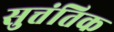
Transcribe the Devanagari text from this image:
सुत्तंतिक